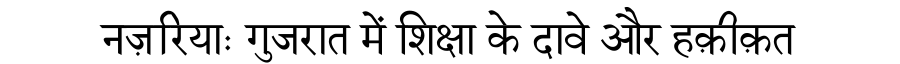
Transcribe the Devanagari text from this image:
नज़रियाः गुजरात में शिक्षा के दावे और हक़ीक़त